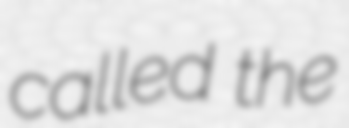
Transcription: called the